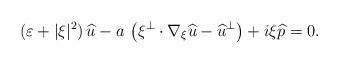
LaTeX: \begin{align*}(\varepsilon +|\xi|^2)\,\widehat u-a\,\left(\xi^\perp\cdot\nabla_\xi\widehat u-\widehat u^\perp\right)+i\xi\widehat p=0.\end{align*}